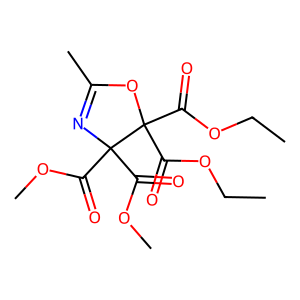
SMILES: CCOC(=O)C1(C(=O)OCC)OC(C)=NC1(C(=O)OC)C(=O)OC
Inhibits HIV replication: No